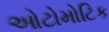
ઓટોમોટિક